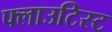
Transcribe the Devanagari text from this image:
फ्लाउटिस्ट